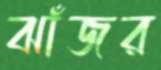
ঝাঁজর